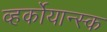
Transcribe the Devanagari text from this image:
व्हर्कोयान्स्क